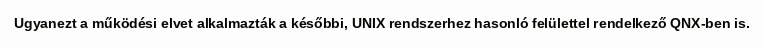
Ugyanezt a működési elvet alkalmazták a későbbi, UNIX rendszerhez hasonló felülettel rendelkező QNX-ben is.